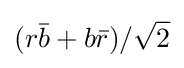
(r{\bar {b}}+b{\bar {r}})/{\sqrt {2}}